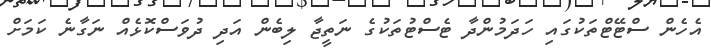
އެހެން ސްޓޭޓްތަކުގައި ހަދަމުންދާ ޓެސްޓުތަކުގެ ނަތީޖާ ލިބެން އަދި ދުވަސްކޮޅެއް ނަގާނެ ކަމަށް